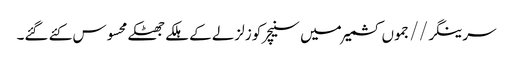
سرینگر//جموں کشمیر میں سنیچر کو زلزلے کے ہلکے جھٹکے محسوس کئے گئے۔